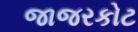
જાજરકોટ